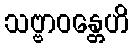
သဗ္ဗာဝန္တေဟိ